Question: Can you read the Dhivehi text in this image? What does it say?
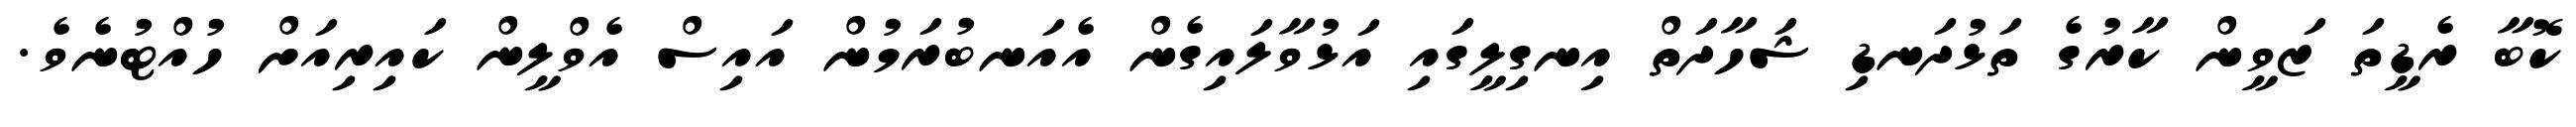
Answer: ކޮބާ ރެޑީތަ ޒަވީން ކާރުގެ ތަޅުދަނޑި ޝަހާދަތް އިނގިލީގައި އަޅުވާލައިގެން އެއަނބުރަމުން އައިސް އެވްލީން ކައިރިއަށް ހުއްޓުނެވެ.